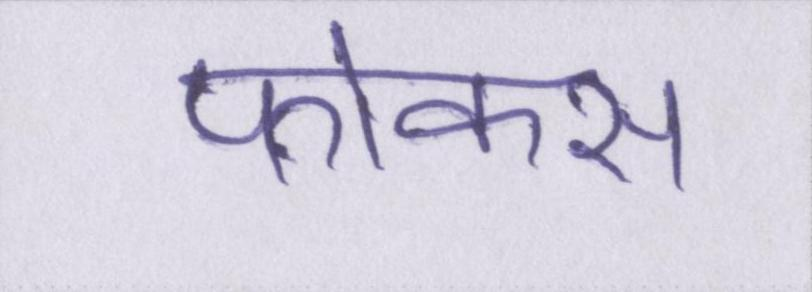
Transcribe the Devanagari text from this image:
फोकस